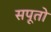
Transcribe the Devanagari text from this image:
सपूतो